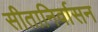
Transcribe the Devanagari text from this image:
सीतानिर्वासन